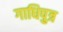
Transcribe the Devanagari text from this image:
गाधिपुत्र